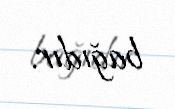
bağıdır.